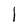
Character: 1